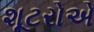
શૂટરોએ